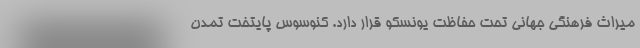
میراث فرهنگی جهانی تحت حفاظت یونسکو قرار دارد. کنوسوس پایتخت تمدن